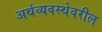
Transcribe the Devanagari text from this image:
अर्थव्यवस्थेवरील